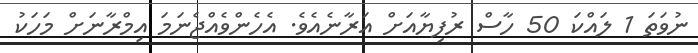
ނުވަތަ 1 ލައްކަ 50 ހާސް ރުފިޔާއަށް އަރާނެއެވެ. އެހެންވެއްޖެނަމަ އިމްރާނަށް މަހަކު